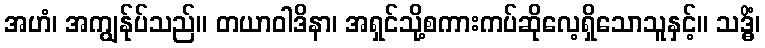
အဟံ၊ အကျွန်ုပ်သည်။ တယာဝါဒိနာ၊ အရှင်သို့စကားကပ်ဆိုလေ့ရှိသောသူနှင့်။ သဒ္ဓိံ၊